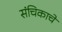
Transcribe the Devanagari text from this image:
संचिकाचे